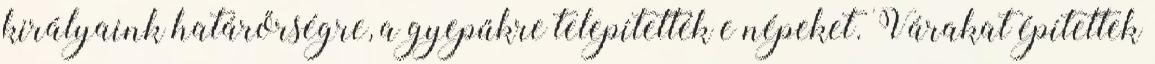
királyaink határőrségre, a gyepűkre telepítették e népeket. Várakat építettek